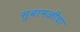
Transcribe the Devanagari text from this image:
सुबाभळीचा